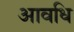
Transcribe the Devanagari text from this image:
आवधि